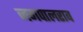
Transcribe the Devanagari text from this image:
जगपालराव